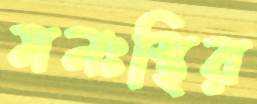
মনঃস্থির